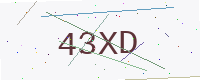
Text: 43XD